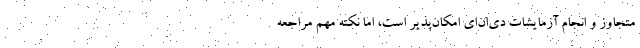
متجاوز و انجام آزمایشات دی‌ان‌ای امکان‌پذیر است، اما نکته مهم مراجعه